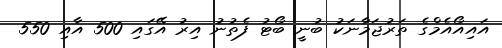
އައިއޯއެމްގެ ތަރުޖަމާނަކު ބުނީ ބޯޓު ފެތުނު އިރު އޭގައި 500 އާއި 550